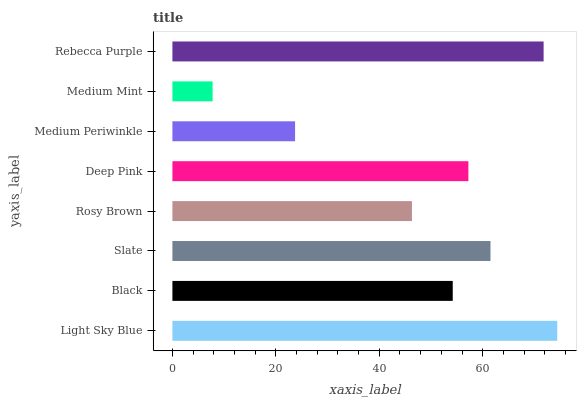
| yaxis_label | bars |
 | --- | --- |
 | Light Sky Blue | 74.4 |
 | Black | 54.2 |
 | Slate | 61.5 |
 | Rosy Brown | 46.3 |
 | Deep Pink | 57.2 |
 | Medium Periwinkle | 23.7 |
 | Medium Mint | 7.77 |
 | Rebecca Purple | 71.8 |